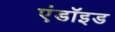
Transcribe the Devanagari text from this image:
एंडॉइड